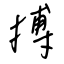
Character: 搏